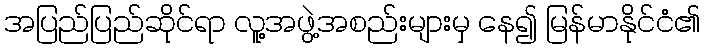
အပြည်ပြည်ဆိုင်ရာ လူ့အဖွဲ့အစည်းများမှ နေ၍ မြန်မာနိုင်ငံ၏